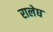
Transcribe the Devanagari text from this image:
रालेघ